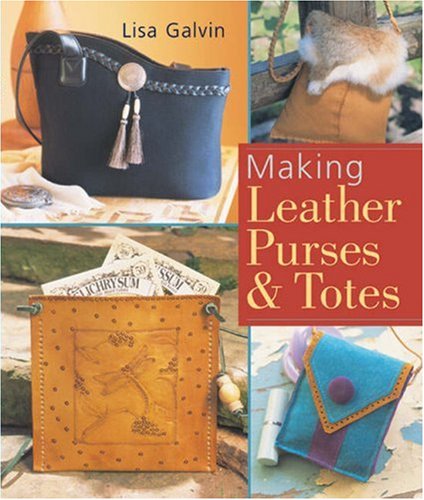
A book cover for Making Leather Purses & Totes; Lisa Galvin; Crafts, Hobbies & Home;